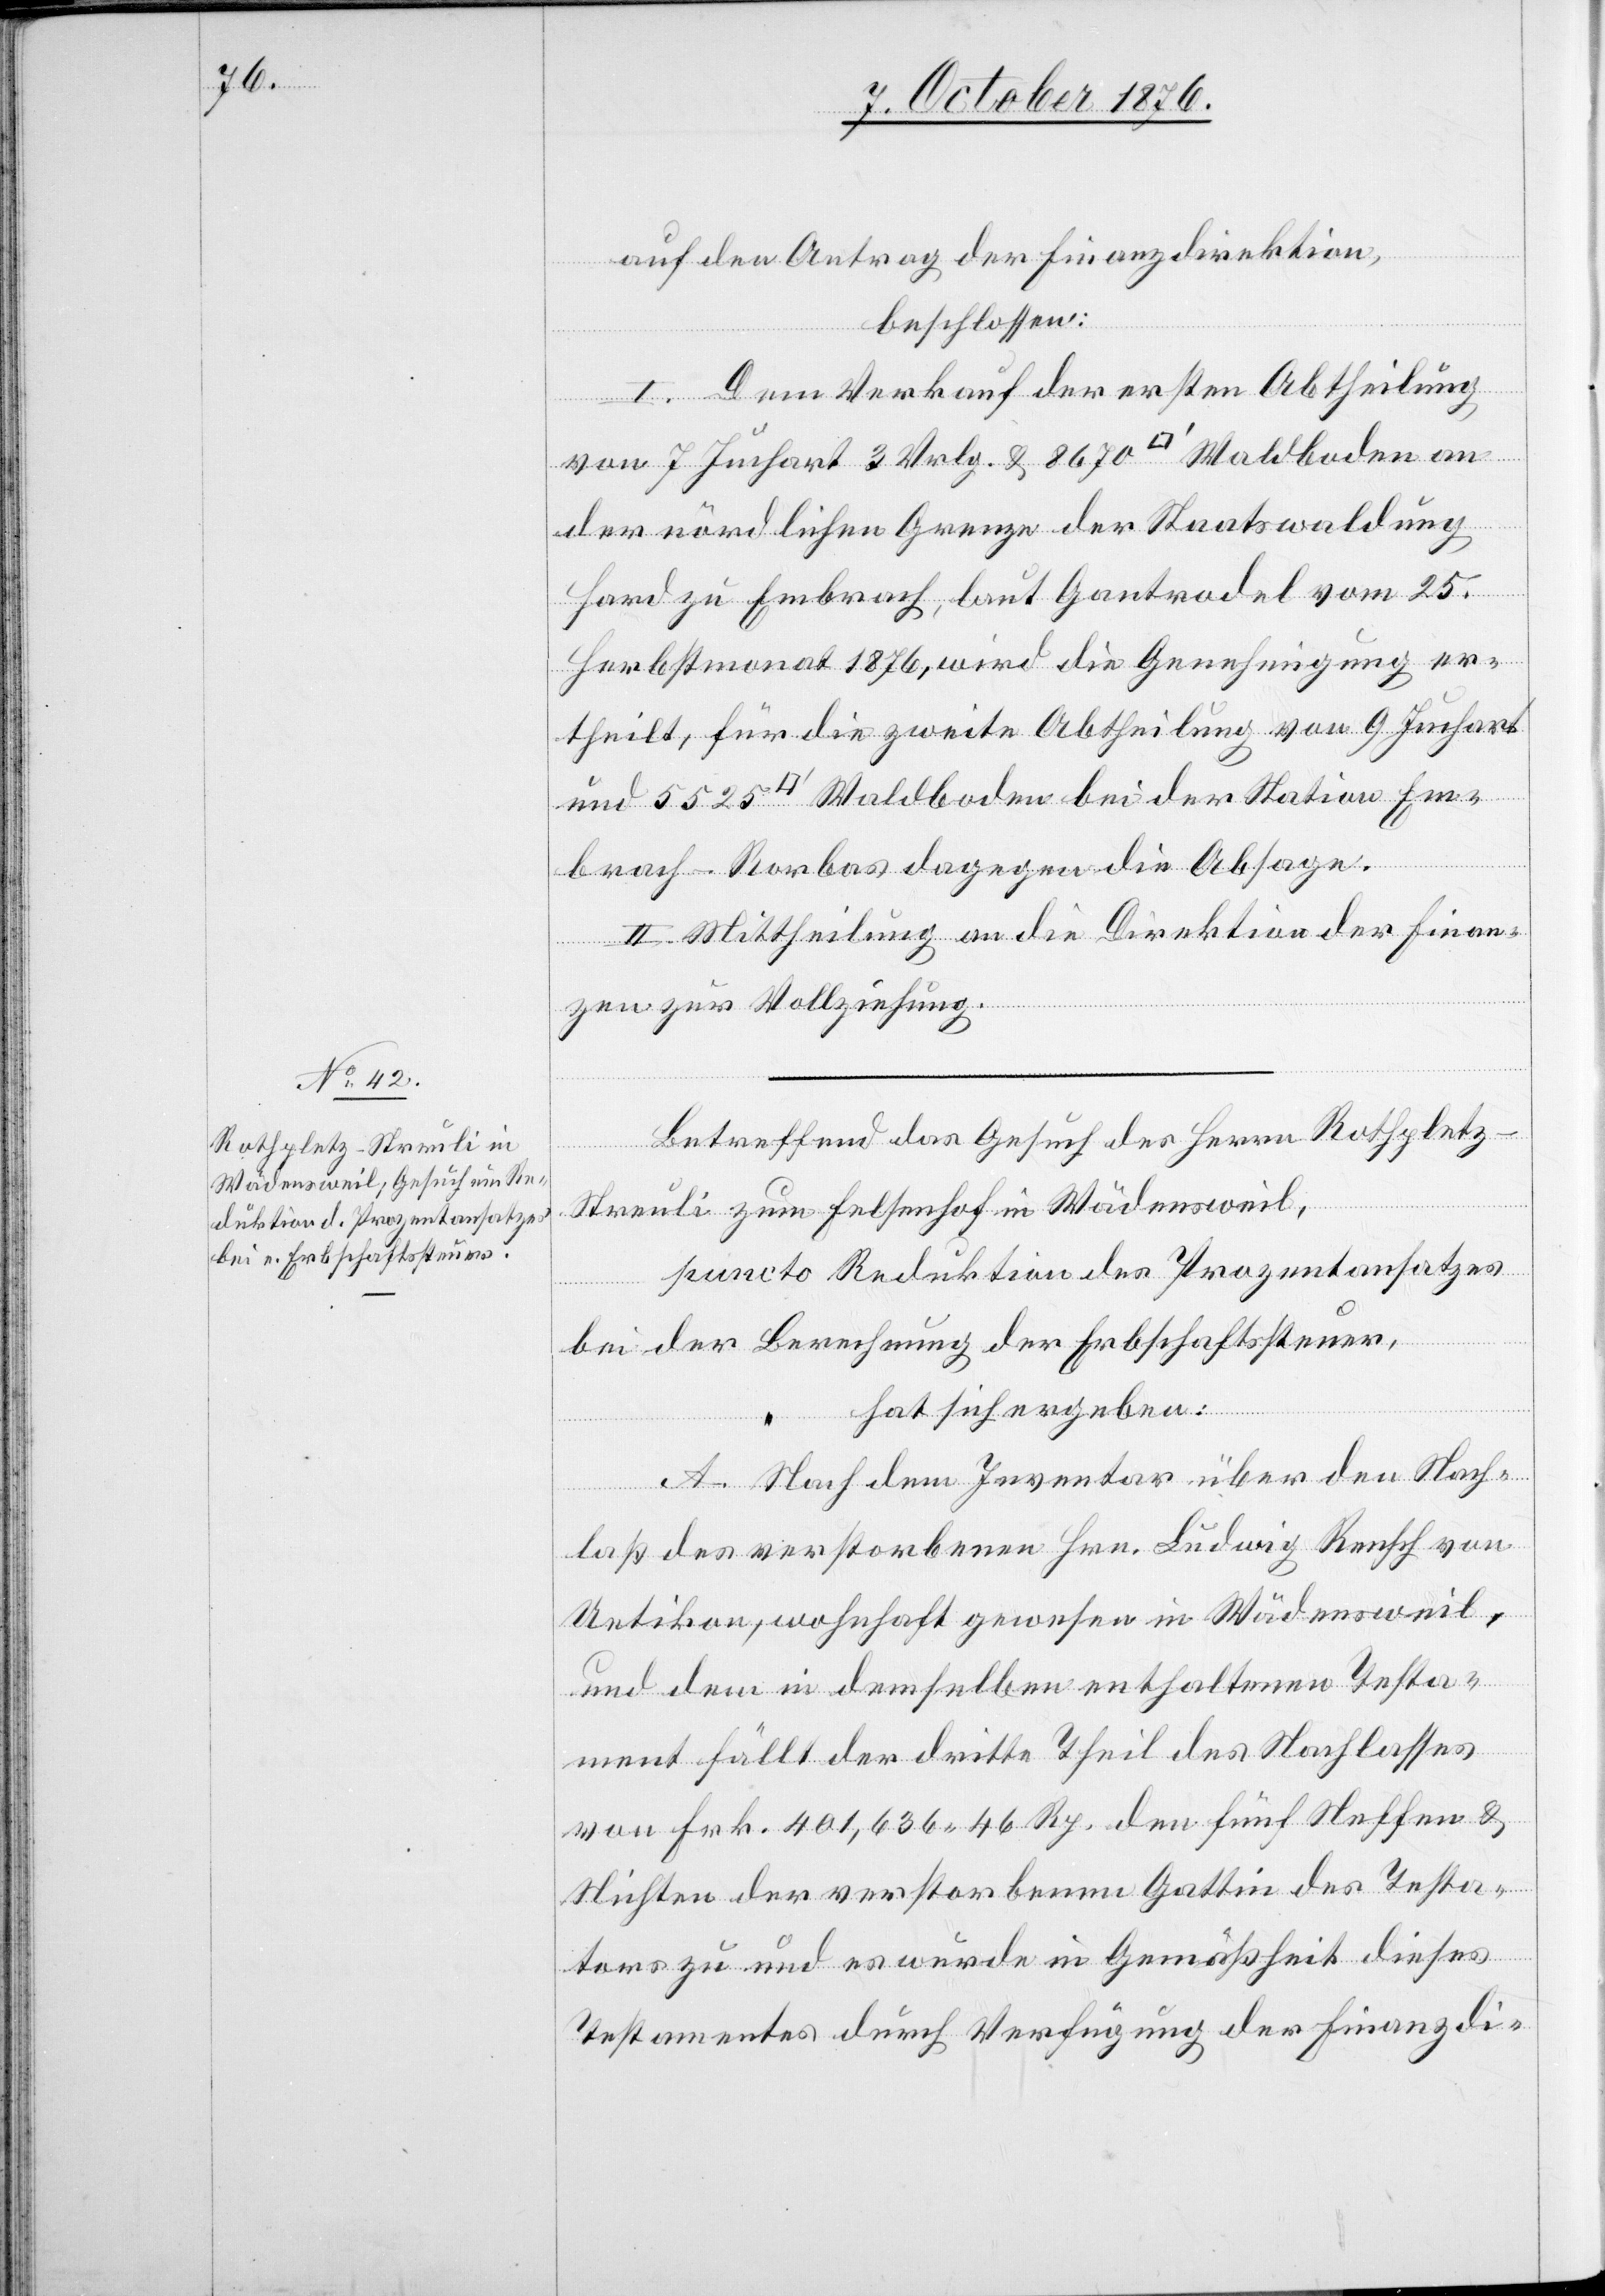
auf den Antrag der Finanzdirektion,
beschlossen:
I. Dem Verkauf der ersten Abtheilung
von 7 Juchart 3 Vrlg. & 8670 [Quadratfuß] Waldboden an
der nördlichen Grenze der Staatswaldung
Hard zu Embrach, laut Gantrodel vom 25.
Herbstmonat 1876, wird die Genehmigung er¬
theilt, für die zweite Abtheilung von 9 Juchart
und 5525 [Quadratfuß] Waldboden bei der Station Em¬
brach-Rorbas dagegen die Absage.
II. Mittheilung an die Direktion der Finan¬
zen zur Vollziehung.
Betreffend das Gesuch des Herrn Rothpletz-S¬
treuli zum Felsenhof in Wädensweil,
puncto Reduktion des Prozentansatzes
bei der Berechnung der Erbschaftssteuer,
hat sich ergeben:
A. Nach dem Inventar über den Nach¬
laß des verstorbenen Hrn. Ludwig Rensch von
Uetikon, wohnhaft gewesen in Wädensweil,
und dem in demselben enthaltenen Testa¬
ment fällt der dritte Theil des Nachlasses
von Frk. 401,636 46 Rp. den fünf Neffen &
Nichten der verstorbenen Gattin des Test¬
ors zu und es wurde in Gemäßheit dieses
Testamentes durch Verfügung der Finanzdi-